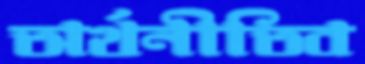
অর্থনীতিব